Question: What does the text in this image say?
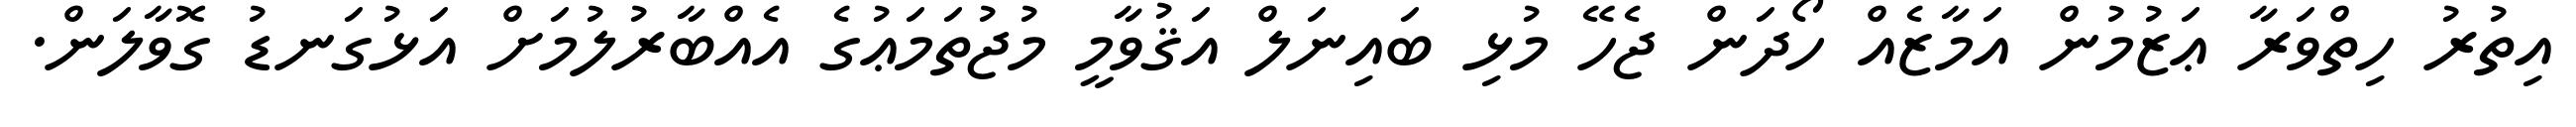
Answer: އިތުރު ހިތްވަރާ ޢަޒުމުން އަމާޒެއް ހޯދަން ޖެހޭ މުޅި ބައިނަލް އަޤުވާމީ މުޖުތަމަޢުގެ އެއްބާރުލުމަށް އަޅުގަނޑު ގޮވާލަން.